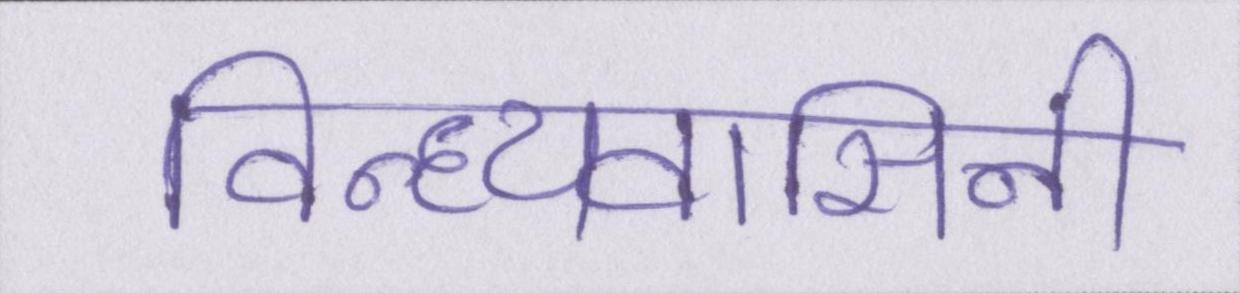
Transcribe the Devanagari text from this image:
विन्ध्यवासिनी